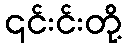
၎င်းင်းတို့